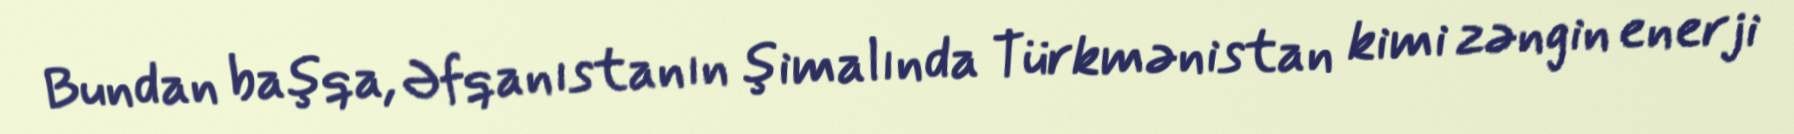
Bundan başqa, Əfqanıstanın şimalında Türkmənistan kimi zəngin enerji